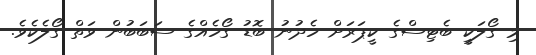
މި ގޯލަކީ ބެޓިސްގެ ކީޕަރަށް ހެދުނު ބޮޑު ގޯހެއްގެ ސަބަބުން ވަތް ގޯލެކެވެ.